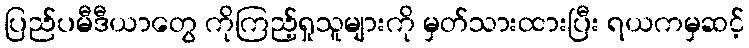
ပြည်ပမီဒီယာတွေ ကိုကြည့်ရှုသူများကို မှတ်သားထားပြီး ရယကမှဆင့်